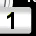
Digit: 1